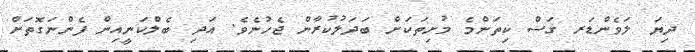
ދިޔަ ލަވެންޑަރ ގަސް ކިތަންމެ މުށިތަކަށް ބަދަލުކުރާން ޖެހުނެވެ. އަދި ބެލްކަނީއިން ފެންނަގޮތަށް